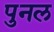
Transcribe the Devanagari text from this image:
पुनल